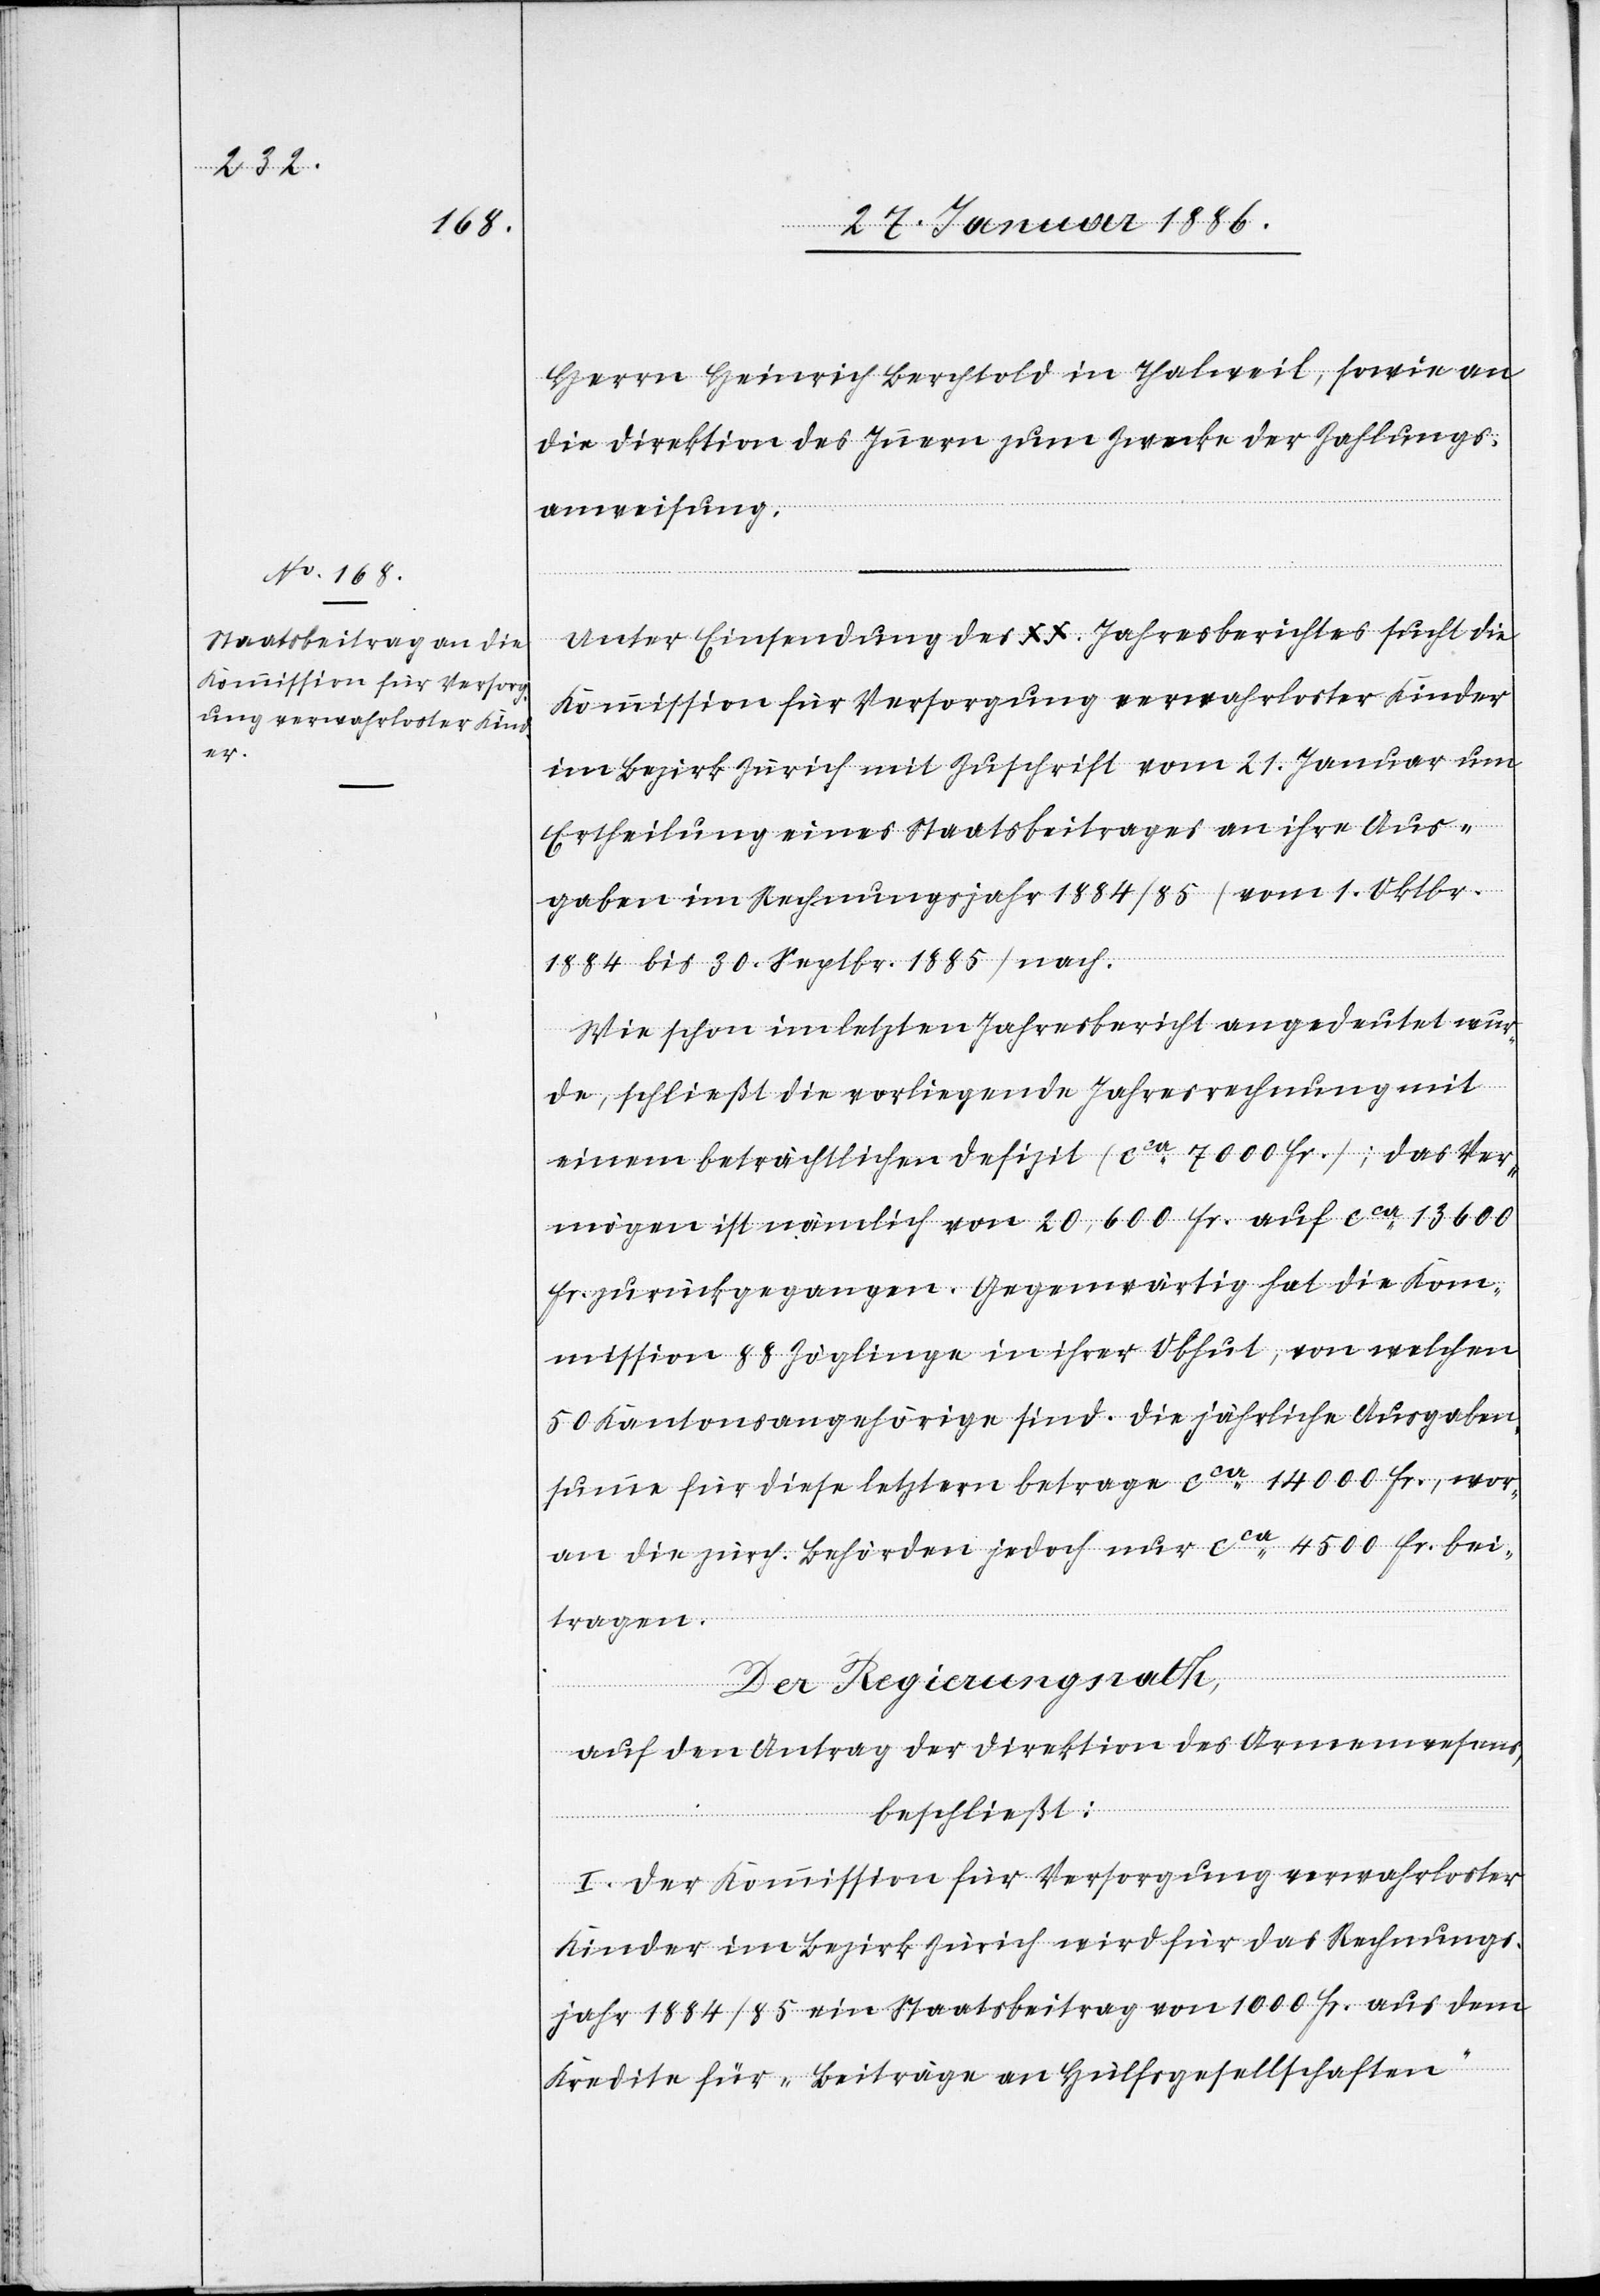
Herrn Heinrich Berchtold in Thalweil, sowie an
die Direktion des Innern zum Zwecke der Zahlungs¬
anweisung.
Unter Einsendung des XX. Jahresberichtes sucht die
Kommission für Versorgung verwahrloster Kinder
im Bezirk Zürich mit Zuschrift vom 21. Januar um
Ertheilung eines Staatsbeitrages an ihre Aus¬
gaben im Rechnungsjahr 1884/85 (vom 1. Oktbr.
1884 bis 30. Septbr. 1885) nach.
Wie schon im letzten Jahresbericht angedeutet wur¬
de, schließt die vorliegende Jahresrechnung mit
einem beträchtlichen Defizit (cca 7000 Fr.); das Ver¬
mögen ist nämlich von 20,600 Fr. auf cca 13,600
Fr. zurückgegangen. Gegenwärtig hat die Kom¬
mission 88 Zöglinge in ihrer Obhut, von welchen
50 Kantonsangehörige sind. Die jährliche Ausgaben¬
summe für diese letztern betragen cca 14,000 Fr., wor¬
an die zürch. Behörden jedoch nur cca 4500 Fr. bei¬
tragen.
Der Regierungsrath,
auf den Antrag der Direktion des Armenwesens,
beschließt:
I. Der Kommission für Versorgung verwahrloster
Kinder im Bezirk Zürich wird für das Rechnungs¬
jahr 1884/85 ein Staatsbeitrag von 1000 Fr. aus dem
Kredite für „Beiträge an Hülfsgesellschaften“